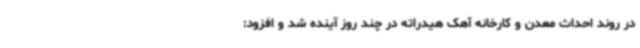
در روند احداث معدن و کارخانه آهک هیدراته در چند روز آینده شد و افزود: